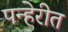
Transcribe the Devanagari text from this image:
पन्हेरीत